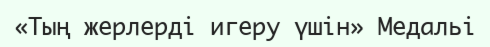
«Тың жерлерді игеру үшін» Медальі